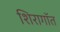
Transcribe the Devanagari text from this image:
शिरागॉत